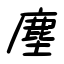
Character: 塵